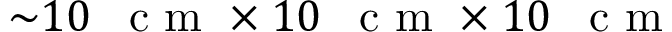
{ \sim } 1 0 \mathrm { ~ \, ~ c ~ m ~ } \times 1 0 \mathrm { ~ \, ~ c ~ m ~ } \times 1 0 \mathrm { ~ \, ~ c ~ m ~ }